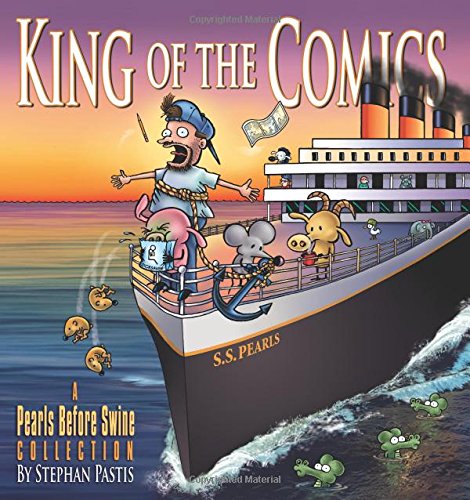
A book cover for King of the Comics: A Pearls Before Swine Collection; Stephan Pastis; Comics & Graphic Novels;